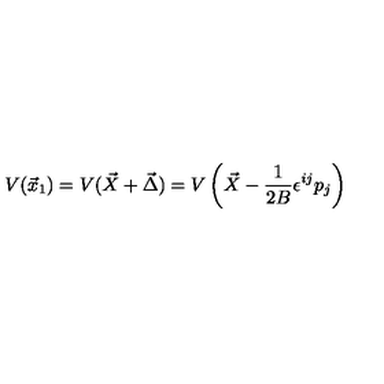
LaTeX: V ( \vec { x } _ { 1 } ) = V ( \vec { X } + \vec { \Delta } ) = V \left( \vec { X } - \frac { 1 } { 2 B } \epsilon ^ { i j } p _ { j } \right)